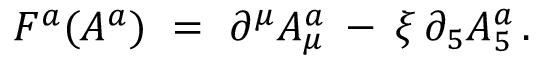
F ^ { a } ( A ^ { a } ) \ = \ \partial ^ { \mu } A _ { \mu } ^ { a } \: - \: \xi \, \partial _ { 5 } A _ { 5 } ^ { a } \, .